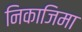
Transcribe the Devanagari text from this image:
निकाजिमा